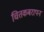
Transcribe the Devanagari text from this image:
चितकबरापन